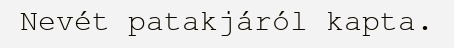
Nevét patakjáról kapta.